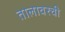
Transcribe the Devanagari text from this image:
तालावरची